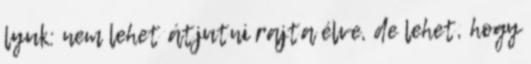
lyuk: nem lehet átjutni rajta élve, de lehet, hogy